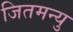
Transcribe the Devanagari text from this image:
जितमन्यु